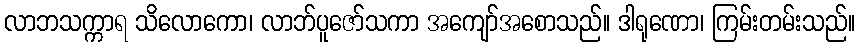
လာဘသက္ကာရ သိလောကော၊ လာဘ်ပူဇော်သကာ အကျော်အစောသည်။ ဒါရုဏော၊ ကြမ်းတမ်းသည်။